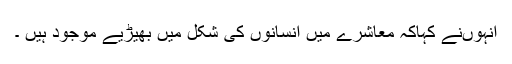
انہوںنے کہاکہ معاشرے میں انسانوں کی شکل میں بھیڑیے موجود ہیں ۔